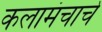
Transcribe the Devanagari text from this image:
कलामंचाचे